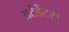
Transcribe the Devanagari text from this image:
अटेंडेंटस